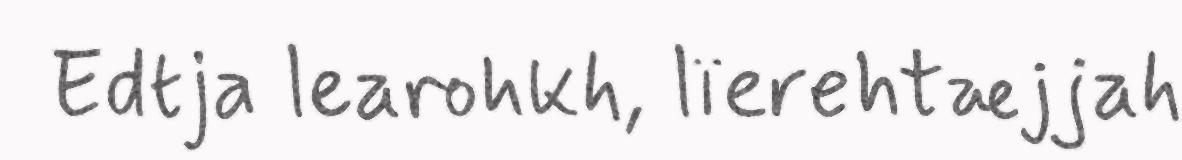
Edtja learohkh, lïerehtæjjah